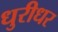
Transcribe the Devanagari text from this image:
धुरीधर